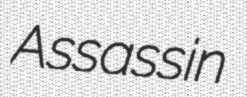
Assassin